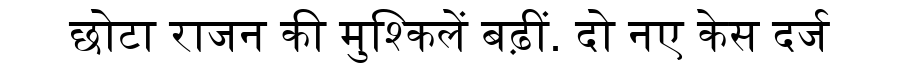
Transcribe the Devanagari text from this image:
छोटा राजन की मुश्किलें बढ़ीं. दो नए केस दर्ज